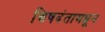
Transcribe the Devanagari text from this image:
विषदंतामधून